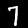
Digit: 7